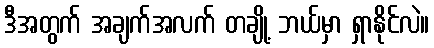
ဒီအတွက် အချက်အလက် တချို့ ဘယ်မှာ ရှာနိုင်လဲ။